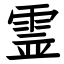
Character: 霊